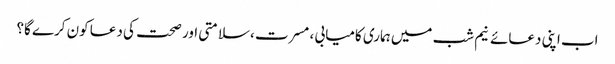
اب اپنی دعائے نیم شب میں ہماری کامیابی ، مسرت ،سلامتی اور صحت کی دعا کون کرے گا؟